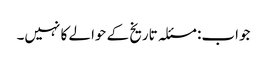
جواب: مسئلہ تاریخ کے حوالے کا نہیں۔